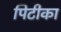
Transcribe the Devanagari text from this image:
पिटीका